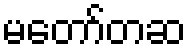
မတော်တဆ